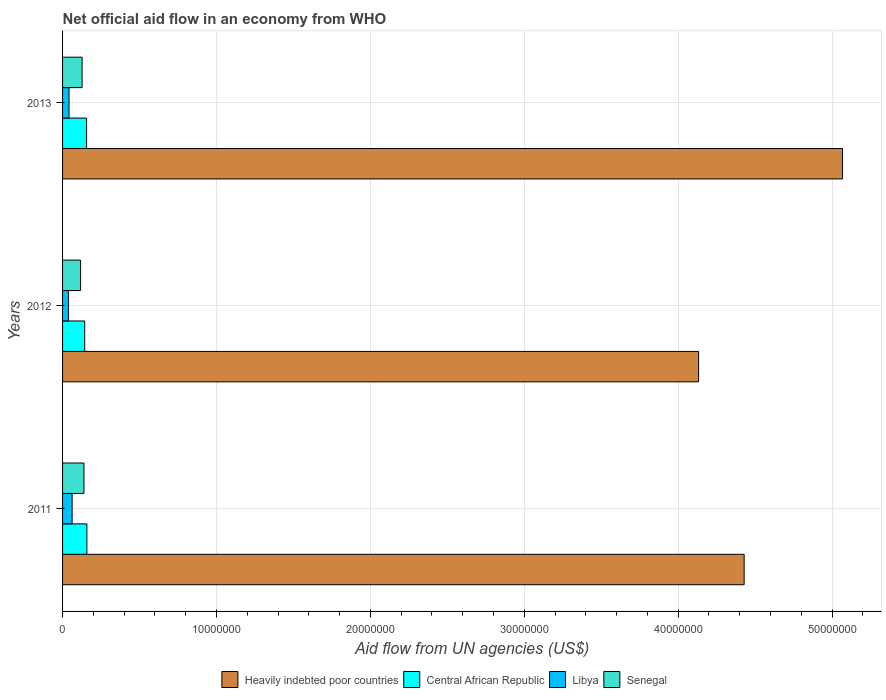
| Years | Heavily indebted poor countries | Central African Republic | Libya | Senegal |
 | --- | --- | --- | --- | --- |
 | 2011 | 4.43e+07 | 1.58e+06 | 6.2e+05 | 1.39e+06 |
 | 2012 | 4.13e+07 | 1.44e+06 | 3.8e+05 | 1.17e+06 |
 | 2013 | 5.07e+07 | 1.56e+06 | 4.2e+05 | 1.27e+06 |